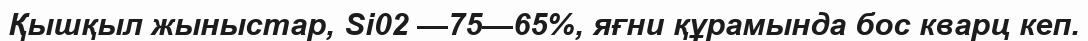
Қышқыл жыныстар, Si02 —75—65%, яғни құрамында бос кварц кеп.